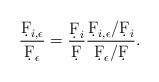
LaTeX: \begin{align*}\frac{\d F_{i,\epsilon}}{\d F_\epsilon}=\frac{\d F_i}{\d F}\frac{\d F_{i,\epsilon}/\d F_i}{\d F_\epsilon/\d F}.\end{align*}